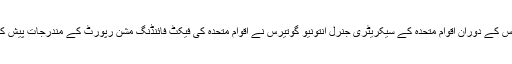
اجلاس کے دوران اقوامِ متحدہ کے سیکریٹری جنرل انتونیو گوتیرس نے اقوامِ متحدہ کی فیکٹ فائنڈنگ مشن رپورٹ کے مندرجات پیش کیے۔